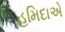
હમિદાએ